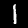
Digit: 1